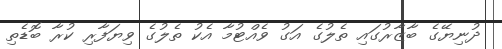
ދުނިޔޭގެ ބާޒާރުގައި ތެލުގެ އަގު ވެއްޓުމާ އެކު ތެލުގެ ވިޔަފާރި ކުރާ ބޮޑެތި